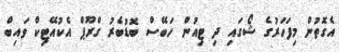
އެގޮތުން މިފަހަރުގެ ޝޯގައި ދި ޓިއުން ހަބޭސް ބޮޑުބެރު ގްރޫޕް އެކުއޭޓިކް ވައިބް